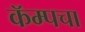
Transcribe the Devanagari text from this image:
कॅम्पचा